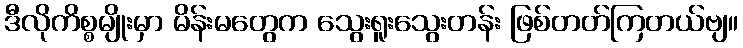
ဒီလိုကိစ္စမျိုးမှာ မိန်းမတွေက သွေးရူးသွေးတန်း ဖြစ်တတ်ကြတယ်ဗျ။